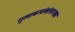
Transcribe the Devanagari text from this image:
गुलाबजांबांसारखा